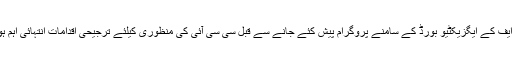
آئی ایم ایف کے ایگزیکٹیو بورڈ کے سامنے پروگرام پیش کئے جانے سے قبل سی سی آئی کی منظوری کیلئے ترجیحی اقدامات انتہائی اہم ہوں گے۔